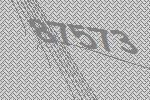
87573